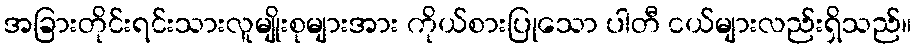
အခြားတိုင်းရင်းသားလူမျိုးစုများအား ကိုယ်စားပြုသော ပါတီ ငယ်များလည်းရှိသည်။